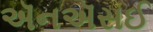
ઍનઍસઈ